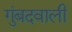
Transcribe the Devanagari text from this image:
गुंबदवाली